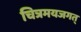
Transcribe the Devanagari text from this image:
चित्रमयजगत्‌